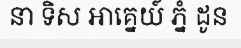
នា ទិស អាគ្នេយ៍ ភ្នំ ដូន